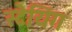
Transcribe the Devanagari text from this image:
स्टेयिंग